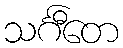
သင်္ဂီတေ